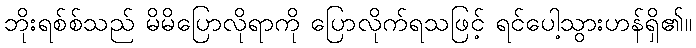
ဘိုးရစ်စ်သည် မိမိပြောလိုရာကို ပြောလိုက်ရသဖြင့် ရင်ပေါ့သွားဟန်ရှိ၏။